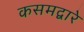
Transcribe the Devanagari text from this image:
कसमद्वारे